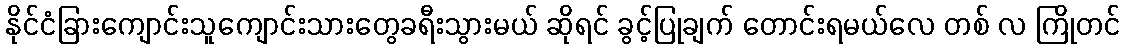
နိုင်ငံခြားကျောင်းသူကျောင်းသားတွေခရီးသွားမယ် ဆိုရင် ခွင့်ပြုချက် တောင်းရမယ်လေ တစ် လ ကြိုတင်